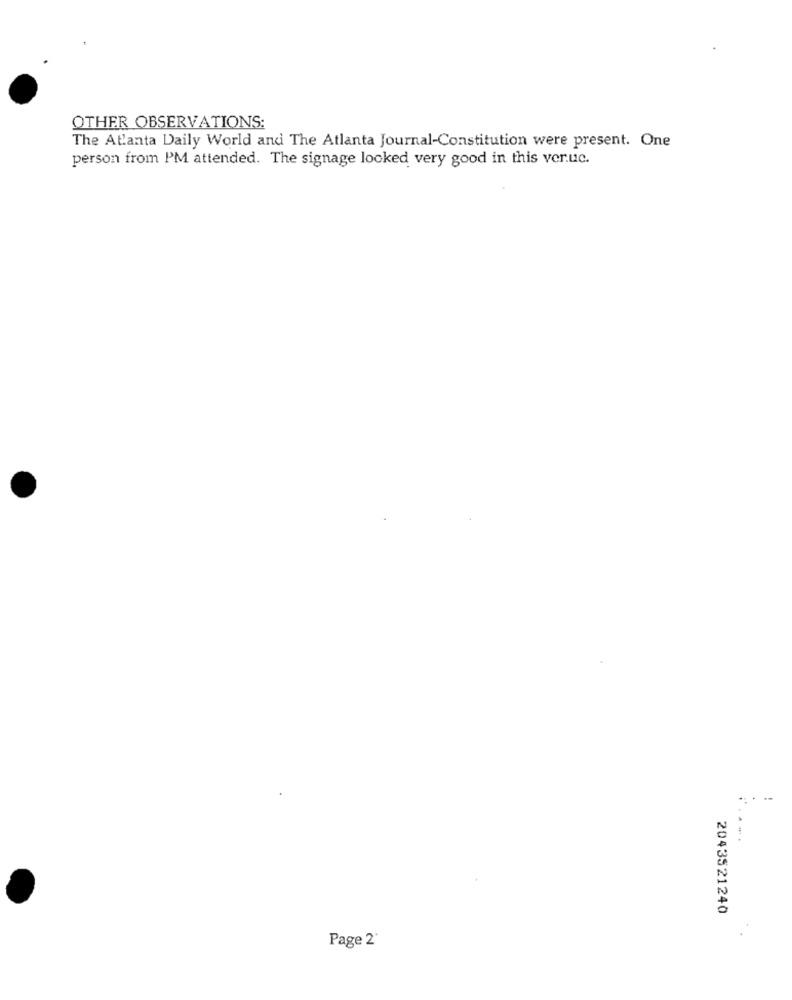
OTHER OBSERVATIONS:
The Atlanta Daily World and The Atlanta Journal-Constitution were present. One
person from PM attended. The signage looked very good in this ver.uc.
...-
2043521240
Page 2'